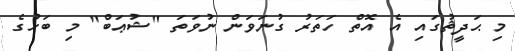
މި ޙަދީޘުގައި އެ އޮތް ހަތަރު ގުނަވަން ނުވަތަ "ޝުޢަބް" މި ބަހުގެ